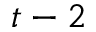
t - 2